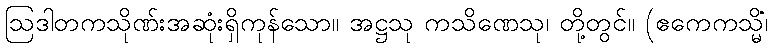
ဩဒါတကသိုဏ်းအဆုံးရှိကုန်သော။ အဋ္ဌသု ကသိဏေသု၊ တို့တွင်။ (ဧကေကသ္မိံ၊